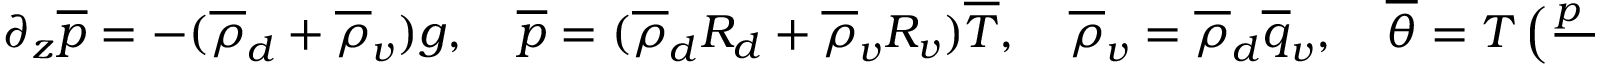
\begin{array} { r } { \partial _ { z } \overline { { p } } = - ( \overline { { \rho } } _ { d } + \overline { { \rho } } _ { v } ) g , \quad \overline { { p } } = ( \overline { { \rho } } _ { d } R _ { d } + \overline { { \rho } } _ { v } R _ { v } ) \overline { { T } } , \quad \overline { { \rho } } _ { v } = \overline { { \rho } } _ { d } \overline { { q } } _ { v } , \quad \overline { { \theta } } = T \left( \frac { p _ { \mathrm { ~ r ~ e ~ f ~ } } } { p } \right) ^ { R _ { d } / c _ { p d } } , } \end{array}